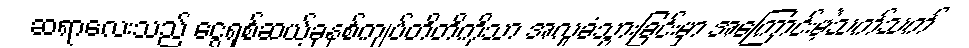
ဆရာလေးသည် ငွေရှစ်ဆယ့်ခုနစ်ကျပ်တိတိကိုသာ အလှုခံသွားခြင်းမှာ အကြောင်းမဲ့သက်သက်